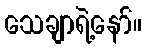
သေချာရဲ့နော်။